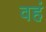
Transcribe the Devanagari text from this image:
वहं